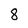
Character: 8